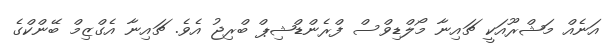
އަނެއް މަޝްރޫއަކީ ޗައިނާ މޯލްޑިވްސް ފްރެންޑްޝިޕް ބްރިޖު އެވެ. ޗައިނާ އެގްޒިމް ބޭންކްގެ